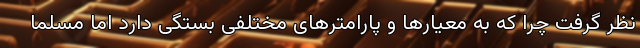
نظر گرفت چرا که به معیارها و پارامترهای مختلفی بستگی دارد اما مسلما